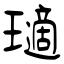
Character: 瓋